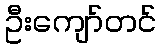
ဦးကျော်တင်